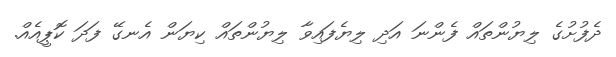
ދެފުށުގެ ލިޔުންތައް ފެންނަ އަދި ލިޔެފައިވާ ލިޔުންތައް ކިޔަން އެނގޭ ފަދަ ކޮޕީއެއް.